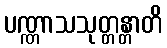
ပဏ္ဏာသသုတ္တန္တာတိ